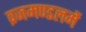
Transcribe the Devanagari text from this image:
व्रजमण्डलमें